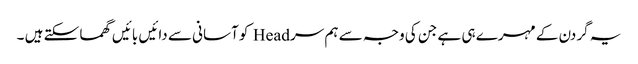
یہ گردن کے مہرے ہی ہے جن کی وجہ سے ہم سر Head کو آسانی سے دائیں بائیں گھما سکتے ہیں ۔